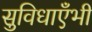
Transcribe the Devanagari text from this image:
सुविधाएँभी